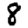
Digit: 8